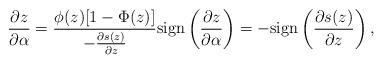
LaTeX: \begin{align*}\frac{\partial z}{\partial \alpha}&=\frac{\phi(z)[1-\Phi(z)]}{-\frac{\partial s(z)}{\partial z}}\mathrm{sign}\left(\frac{\partial z}{\partial \alpha}\right)=-\mathrm{sign}\left(\frac{\partial s(z)}{\partial z}\right),\end{align*}